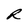
Character: R